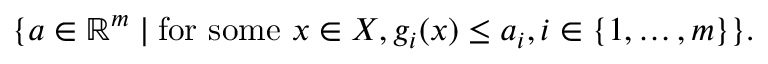
\{ a \in \mathbb { R } ^ { m } \mid { \mathrm { f o r ~ s o m e ~ } } x \in X , g _ { i } ( x ) \leq a _ { i } , i \in \{ 1 , \ldots , m \} \} .